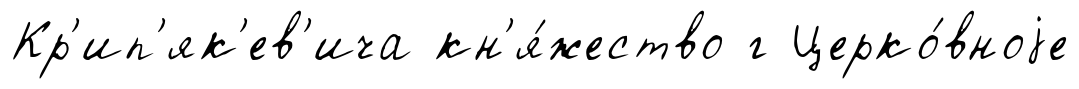
Кр'ип'як'ев'ича кн'я́жество г Церко́вноjе